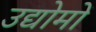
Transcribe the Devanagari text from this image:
उद्योमों